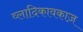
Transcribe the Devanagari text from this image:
व्लादिकावकाज़